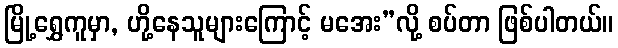
မြို့ရွှေကူမှာ, ဟို့နေသူများကြောင့် မအေး”လို့ စပ်တာ ဖြစ်ပါတယ်။